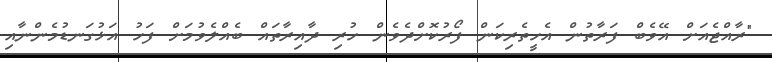
"ރާއްޖެއަށް އޭވެބް ފަރާތުން އެހީތެރިކަން ފޯރުކޮށްދެވެން ހުރި ދާއިރާތައް ބެއްލެވުމަށް ފަހު އަޅުގަނޑުމެންނާއި